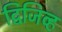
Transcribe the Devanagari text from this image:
द्विजिव्ह